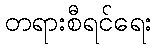
တရားစီရင်ရေး